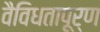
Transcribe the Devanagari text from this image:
वैविधतापूर्ण